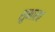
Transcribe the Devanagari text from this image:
शुभाशा